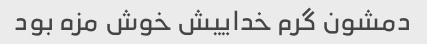
دمشون گرم خداییش خوش مزه بود